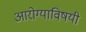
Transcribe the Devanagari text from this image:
आरोग्याविषयी